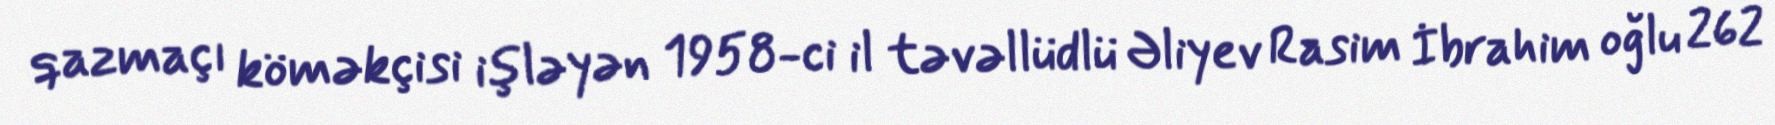
qazmaçı köməkçisi işləyən 1958-ci il təvəllüdlü Əliyev Rasim İbrahim oğlu 262